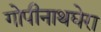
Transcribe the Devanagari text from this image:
गोपीनाथघेरा